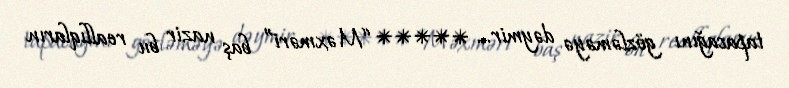
tapacağını gözləməyə dəymir... ***** “Məxməri” baş nazir bu reallıqların